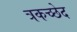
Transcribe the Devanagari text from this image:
त्रकच्छेद